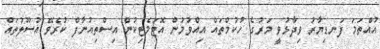
އުއްތަމަ ފަނޑިޔާރު ވިދާޅުވީ މަރުގެ ހުކުމްތައް އިއްވުމުން އޮޓަމެޓިކުން އިސްތިއުނާފް ކުރެވޭ އުސޫލުތައް